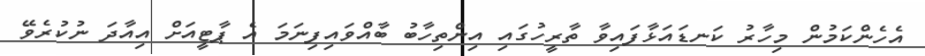
އެހެންކަމުން މިހާރު ކަނޑައަޅާފައިވާ ތާރީހުގައި އިންތިހާބު ބާއްވައިފިނަމަ އެ ޕާޓީއަށް އިއާދަ ނުކުރެވޭ